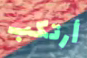
أرتكب